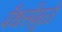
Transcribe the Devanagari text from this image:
पँथर्समुळे